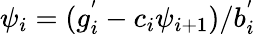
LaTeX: \psi_{i}=(g_{i}^{'}-c_{i}\psi_{i+1})/b_{i}^{'}